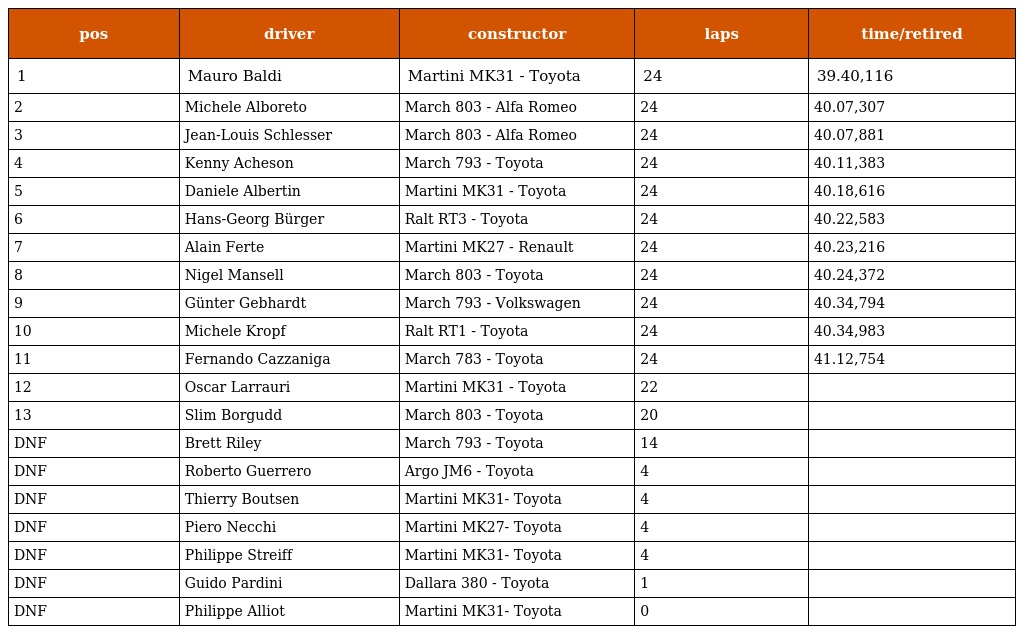
| pos | driver | constructor | laps | time/retired |
 | --- | --- | --- | --- | --- |
 | 1 | Mauro Baldi | Martini MK31 - Toyota | 24 | 39.40,116 |
 | 2 | Michele Alboreto | March 803 - Alfa Romeo | 24 | 40.07,307 |
 | 3 | Jean-Louis Schlesser | March 803 - Alfa Romeo | 24 | 40.07,881 |
 | 4 | Kenny Acheson | March 793 - Toyota | 24 | 40.11,383 |
 | 5 | Daniele Albertin | Martini MK31 - Toyota | 24 | 40.18,616 |
 | 6 | Hans-Georg Bürger | Ralt RT3 - Toyota | 24 | 40.22,583 |
 | 7 | Alain Ferte | Martini MK27 - Renault | 24 | 40.23,216 |
 | 8 | Nigel Mansell | March 803 - Toyota | 24 | 40.24,372 |
 | 9 | Günter Gebhardt | March 793 - Volkswagen | 24 | 40.34,794 |
 | 10 | Michele Kropf | Ralt RT1 - Toyota | 24 | 40.34,983 |
 | 11 | Fernando Cazzaniga | March 783 - Toyota | 24 | 41.12,754 |
 | 12 | Oscar Larrauri | Martini MK31 - Toyota | 22 |  |
 | 13 | Slim Borgudd | March 803 - Toyota | 20 |  |
 | DNF | Brett Riley | March 793 - Toyota | 14 |  |
 | DNF | Roberto Guerrero | Argo JM6 - Toyota | 4 |  |
 | DNF | Thierry Boutsen | Martini MK31- Toyota | 4 |  |
 | DNF | Piero Necchi | Martini MK27- Toyota | 4 |  |
 | DNF | Philippe Streiff | Martini MK31- Toyota | 4 |  |
 | DNF | Guido Pardini | Dallara 380 - Toyota | 1 |  |
 | DNF | Philippe Alliot | Martini MK31- Toyota | 0 |  |